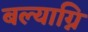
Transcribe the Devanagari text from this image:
बल्याग्नि